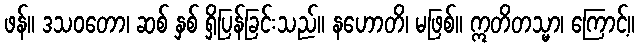
ဖန်။ ဒသဝတော၊ ဆစ် နှစ် ရှိပြန်ခြင်းသည်။ နဟောတိ၊ မဖြစ်။ ဣတိတသ္မာ၊ ကြောင့်။